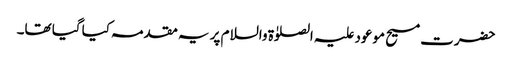
حضرت مسیح موعود علیہ الصلوٰۃ والسلام پر یہ مقدمہ کیا گیا تھا۔